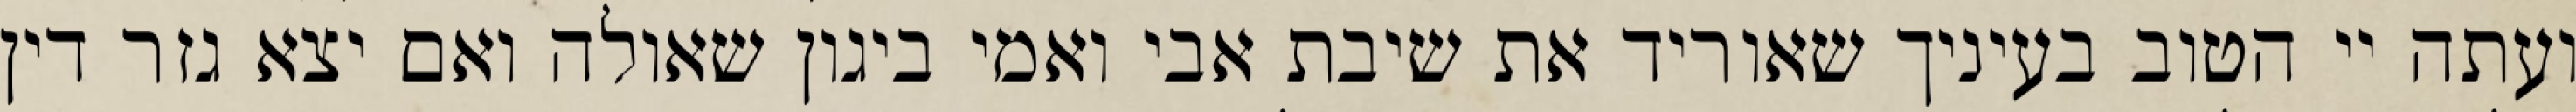
ועתה יי הטוב בעיניך שאוריד את שיבת אבי ואמי ביגון שאולה ואם יצא גזר דין